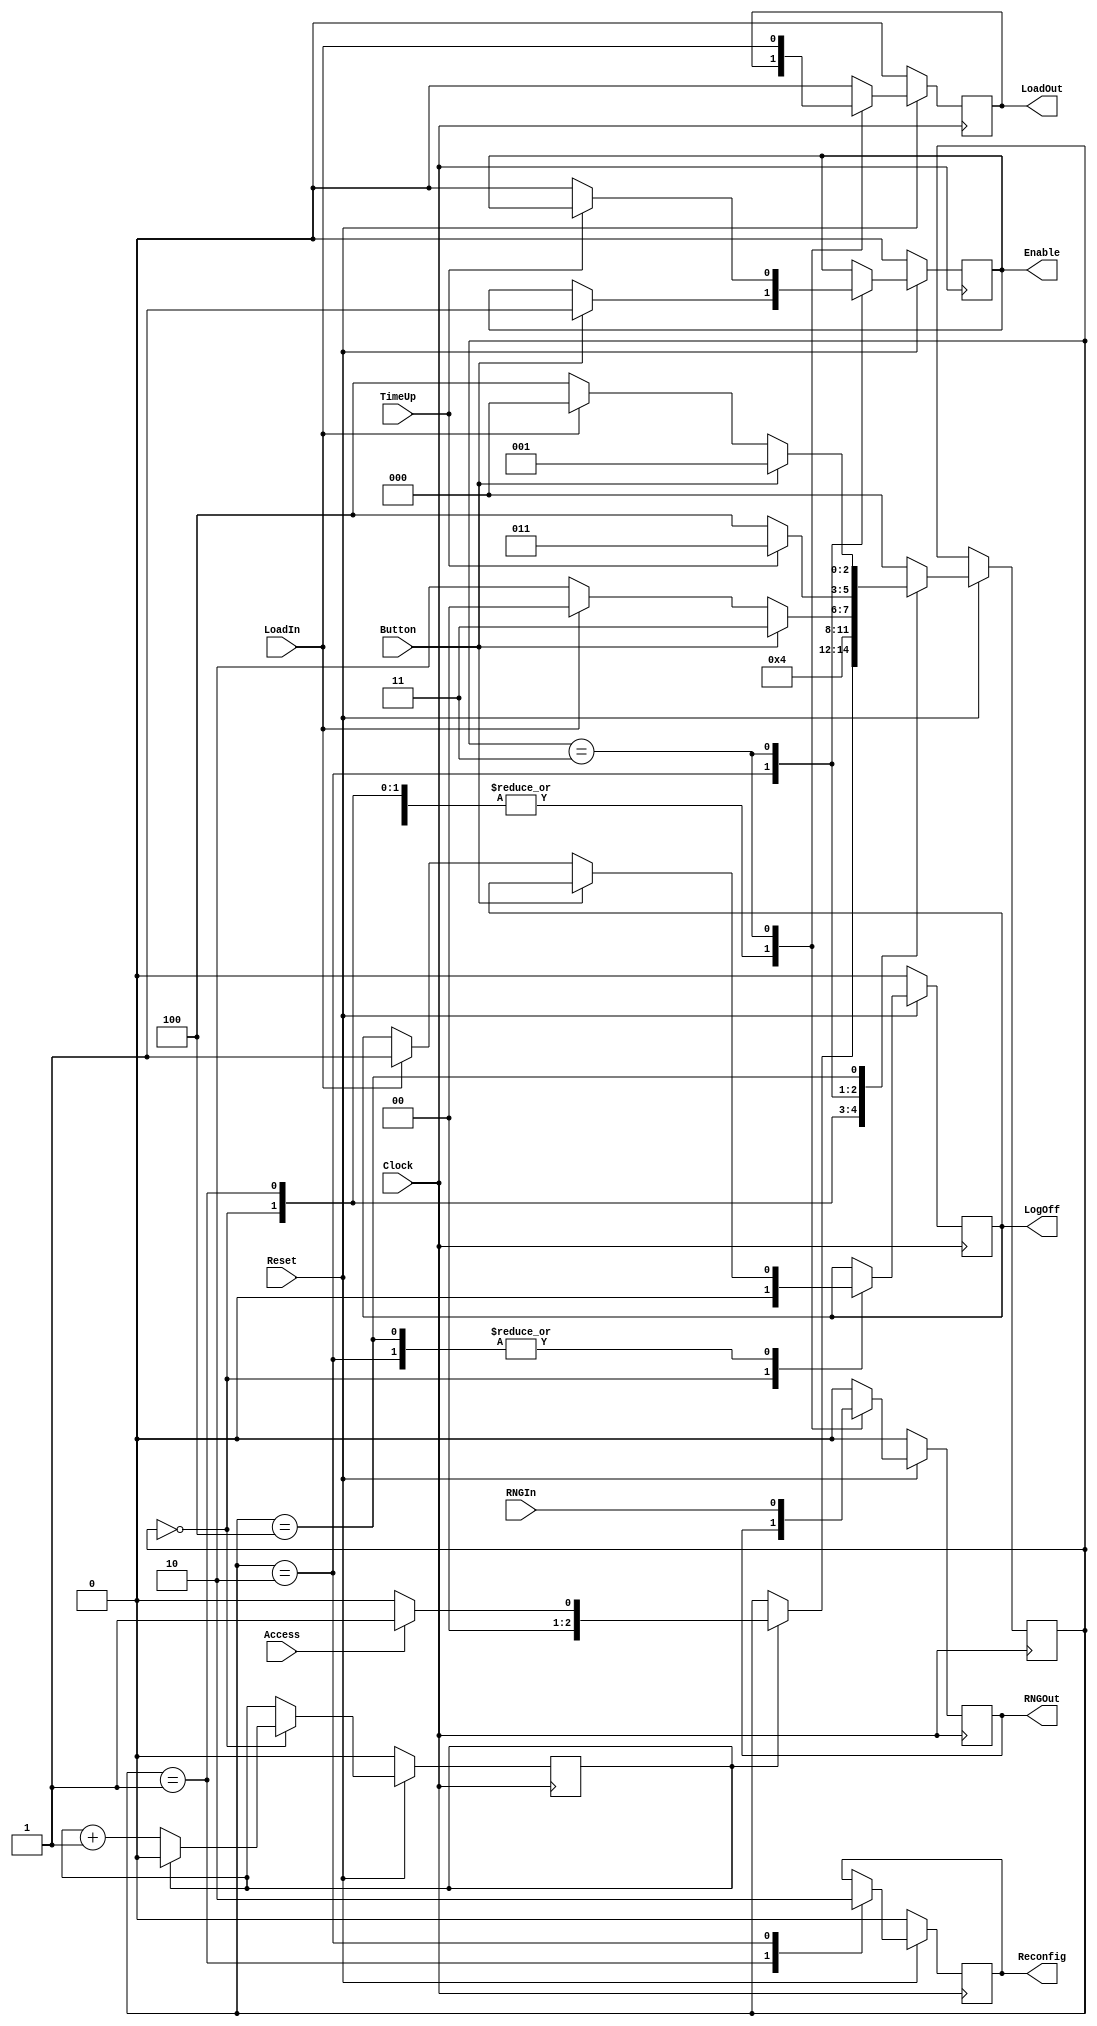
module GameController(Clock, Reset, Access, Button, TimeUp, Enable, Reconfig, LoadIn, LoadOut, RNGIn, RNGOut, LogOff);
	input Access;
	input Clock, Reset;
	input Button;
	input TimeUp;
	input LoadIn;
	input RNGIn;

	output Enable;
	output LoadOut;
	output Reconfig;
	output RNGOut;
	output LogOff;

	reg Enable;
	reg LoadOut;
	reg Reconfig;
	reg RNGOut;
	reg LogOff;

	parameter WAIT = 0, PASSED = 1, START = 2, GAMEPLAY = 3, GAMEOVER = 4;
	reg [2:0] State;
	reg count;

	always @ (posedge Clock)
		begin
			if(Reset == 1'b0)
				begin
					Enable <= 1'b0;
					LoadOut <= 1'b0;
					Reconfig <= 1'b0;
					RNGOut <= 1'b0;
					LogOff <= 1'b0;
					count <= 1'b0;
				end
			else
				begin
					case (State)
					WAIT:
						begin
							LogOff <= 1'b0;
							if(count == 1'b1)
								begin
									if(Access == 1'b1)
										begin
											State <= PASSED;
										end
									else
										begin
											State <= WAIT;
										end
									count <= 1'b0;
								end
							else 
								begin
									count <= count + 1;
								end
						end
					PASSED:
						begin
							Reconfig <= 1'b1;
							State <= START;
						end
					START:
						begin
							Reconfig <= 1'b0;
							if(Button == 1'b1)
								begin
									Enable <= 1'b1;
									State <= GAMEPLAY;
								end
							else if(LoadIn == 1'b1)
								begin
									LogOff <= 1'b1;  //Signal sent to the access controller to turn access off
									State <= WAIT;
								end
							else
								begin
									State <= START;
								end
						end
					GAMEPLAY:
						begin
							//Give Access
							LoadOut <= LoadIn;
							RNGOut <= RNGIn;
							
							if(TimeUp == 1'b0)
								begin
									Enable <= 1'b0;
									State <= GAMEOVER;
								end
							else 
								begin
									State <= GAMEPLAY;
								end
						end
					GAMEOVER:
						begin
							LoadOut <= 1'b0;
							RNGOut <= 1'b0;
							if(Button == 1'b1)
								begin
									State <= PASSED;
								end
							else if(LoadIn == 1'b1)
								begin
									LogOff <= 1'b1;
									State <= WAIT;
								end
							else 
								begin
									State <= GAMEOVER;
								end
							
						end
					default: 
						begin
							LoadOut <= 1'b0;
							RNGOut <= 1'b0;
							State <= WAIT;
						end
					endcase
				end
		end
	
endmodule